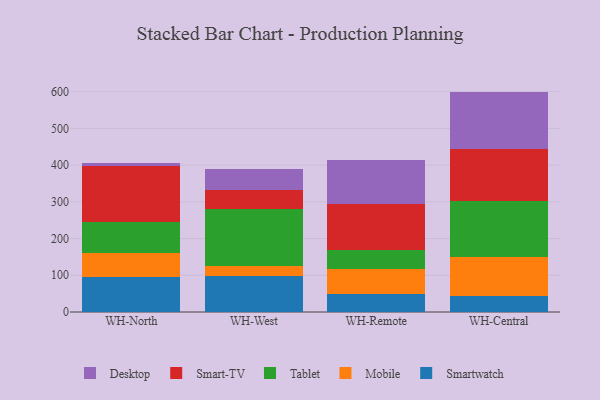
{"axis": {"x": "Warehouse", "y": "Website Visitors"}, "legend": ["Desktop", "Mobile", "Smart-TV", "Smartwatch", "Tablet"], "data": [{"x": "WH-North", "y": 94.6, "type": "Smartwatch"}, {"x": "WH-North", "y": 66.2, "type": "Mobile"}, {"x": "WH-North", "y": 84.9, "type": "Tablet"}, {"x": "WH-North", "y": 153.0, "type": "Smart-TV"}, {"x": "WH-North", "y": 6.7, "type": "Desktop"}, {"x": "WH-West", "y": 98.4, "type": "Smartwatch"}, {"x": "WH-West", "y": 26.9, "type": "Mobile"}, {"x": "WH-West", "y": 153.9, "type": "Tablet"}, {"x": "WH-West", "y": 53.5, "type": "Smart-TV"}, {"x": "WH-West", "y": 56.9, "type": "Desktop"}, {"x": "WH-Remote", "y": 48.1, "type": "Smartwatch"}, {"x": "WH-Remote", "y": 68.2, "type": "Mobile"}, {"x": "WH-Remote", "y": 53.4, "type": "Tablet"}, {"x": "WH-Remote", "y": 124.9, "type": "Smart-TV"}, {"x": "WH-Remote", "y": 119.8, "type": "Desktop"}, {"x": "WH-Central", "y": 43.2, "type": "Smartwatch"}, {"x": "WH-Central", "y": 105.8, "type": "Mobile"}, {"x": "WH-Central", "y": 153.2, "type": "Tablet"}, {"x": "WH-Central", "y": 140.9, "type": "Smart-TV"}, {"x": "WH-Central", "y": 157.0, "type": "Desktop"}]}